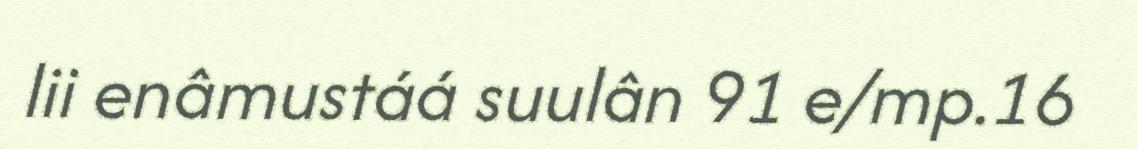
lii enâmustáá suulân 91 e/mp.16